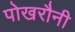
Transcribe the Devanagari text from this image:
पोखरौनी